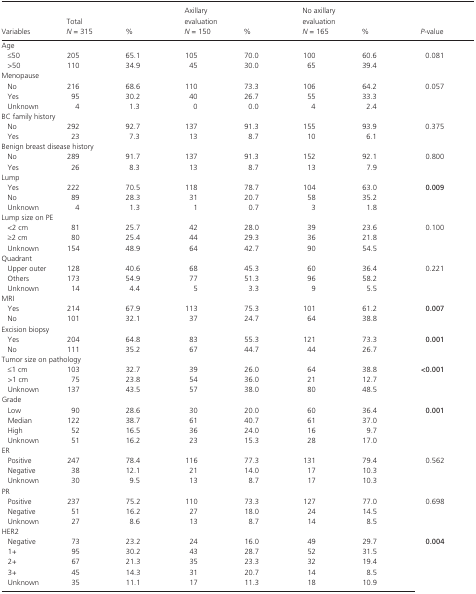
<table><thead><tr><td><b>Variables</b></td><td><b>Total<i>N</i> = 315</b></td><td><b>%</b></td><td><b>Axillary evaluation<i>N</i> = 150</b></td><td><b>%</b></td><td><b>No axillary evaluation<i>N</i> = 165</b></td><td><b>%</b></td><td><b><i>P</i>‐value</b></td></tr></thead><tbody><tr><td colspan="8">Age</td></tr><tr><td>≤50</td><td>205</td><td>65.1</td><td>105</td><td>70.0</td><td>100</td><td>60.6</td><td rowspan="2">0.081</td></tr><tr><td>&gt;50</td><td>110</td><td>34.9</td><td>45</td><td>30.0</td><td>65</td><td>39.4</td></tr><tr><td colspan="8">Menopause</td></tr><tr><td>No</td><td>216</td><td>68.6</td><td>110</td><td>73.3</td><td>106</td><td>64.2</td><td rowspan="3">0.057</td></tr><tr><td>Yes</td><td>95</td><td>30.2</td><td>40</td><td>26.7</td><td>55</td><td>33.3</td></tr><tr><td>Unknown</td><td>4</td><td>1.3</td><td>0</td><td>0.0</td><td>4</td><td>2.4</td></tr><tr><td colspan="8">BC family history</td></tr><tr><td>No</td><td>292</td><td>92.7</td><td>137</td><td>91.3</td><td>155</td><td>93.9</td><td rowspan="2">0.375</td></tr><tr><td>Yes</td><td>23</td><td>7.3</td><td>13</td><td>8.7</td><td>10</td><td>6.1</td></tr><tr><td colspan="8">Benign breast disease history</td></tr><tr><td>No</td><td>289</td><td>91.7</td><td>137</td><td>91.3</td><td>152</td><td>92.1</td><td rowspan="2">0.800</td></tr><tr><td>Yes</td><td>26</td><td>8.3</td><td>13</td><td>8.7</td><td>13</td><td>7.9</td></tr><tr><td colspan="8">Lump</td></tr><tr><td>Yes</td><td>222</td><td>70.5</td><td>118</td><td>78.7</td><td>104</td><td>63.0</td><td rowspan="3"><b>0.009</b></td></tr><tr><td>No</td><td>89</td><td>28.3</td><td>31</td><td>20.7</td><td>58</td><td>35.2</td></tr><tr><td>Unknown</td><td>4</td><td>1.3</td><td>1</td><td>0.7</td><td>3</td><td>1.8</td></tr><tr><td colspan="8">Lump size on PE</td></tr><tr><td>&lt;2 cm</td><td>81</td><td>25.7</td><td>42</td><td>28.0</td><td>39</td><td>23.6</td><td rowspan="3">0.100</td></tr><tr><td>≥2 cm</td><td>80</td><td>25.4</td><td>44</td><td>29.3</td><td>36</td><td>21.8</td></tr><tr><td>Unknown</td><td>154</td><td>48.9</td><td>64</td><td>42.7</td><td>90</td><td>54.5</td></tr><tr><td colspan="8">Quadrant</td></tr><tr><td>Upper outer</td><td>128</td><td>40.6</td><td>68</td><td>45.3</td><td>60</td><td>36.4</td><td rowspan="3">0.221</td></tr><tr><td>Others</td><td>173</td><td>54.9</td><td>77</td><td>51.3</td><td>96</td><td>58.2</td></tr><tr><td>Unknown</td><td>14</td><td>4.4</td><td>5</td><td>3.3</td><td>9</td><td>5.5</td></tr><tr><td colspan="8">MRI</td></tr><tr><td>Yes</td><td>214</td><td>67.9</td><td>113</td><td>75.3</td><td>101</td><td>61.2</td><td rowspan="2"><b>0.007</b></td></tr><tr><td>No</td><td>101</td><td>32.1</td><td>37</td><td>24.7</td><td>64</td><td>38.8</td></tr><tr><td colspan="8">Excision biopsy</td></tr><tr><td>Yes</td><td>204</td><td>64.8</td><td>83</td><td>55.3</td><td>121</td><td>73.3</td><td rowspan="2"><b>0.001</b></td></tr><tr><td>No</td><td>111</td><td>35.2</td><td>67</td><td>44.7</td><td>44</td><td>26.7</td></tr><tr><td colspan="8">Tumor size on pathology</td></tr><tr><td>≤1 cm</td><td>103</td><td>32.7</td><td>39</td><td>26.0</td><td>64</td><td>38.8</td><td rowspan="3"><b>&lt;0.001</b></td></tr><tr><td>&gt;1 cm</td><td>75</td><td>23.8</td><td>54</td><td>36.0</td><td>21</td><td>12.7</td></tr><tr><td>Unknown</td><td>137</td><td>43.5</td><td>57</td><td>38.0</td><td>80</td><td>48.5</td></tr><tr><td colspan="8">Grade</td></tr><tr><td>Low</td><td>90</td><td>28.6</td><td>30</td><td>20.0</td><td>60</td><td>36.4</td><td rowspan="4"><b>0.001</b></td></tr><tr><td>Median</td><td>122</td><td>38.7</td><td>61</td><td>40.7</td><td>61</td><td>37.0</td></tr><tr><td>High</td><td>52</td><td>16.5</td><td>36</td><td>24.0</td><td>16</td><td>9.7</td></tr><tr><td>Unknown</td><td>51</td><td>16.2</td><td>23</td><td>15.3</td><td>28</td><td>17.0</td></tr><tr><td colspan="8">ER</td></tr><tr><td>Positive</td><td>247</td><td>78.4</td><td>116</td><td>77.3</td><td>131</td><td>79.4</td><td rowspan="3">0.562</td></tr><tr><td>Negative</td><td>38</td><td>12.1</td><td>21</td><td>14.0</td><td>17</td><td>10.3</td></tr><tr><td>Unknown</td><td>30</td><td>9.5</td><td>13</td><td>8.7</td><td>17</td><td>10.3</td></tr><tr><td colspan="8">PR</td></tr><tr><td>Positive</td><td>237</td><td>75.2</td><td>110</td><td>73.3</td><td>127</td><td>77.0</td><td rowspan="3">0.698</td></tr><tr><td>Negative</td><td>51</td><td>16.2</td><td>27</td><td>18.0</td><td>24</td><td>14.5</td></tr><tr><td>Unknown</td><td>27</td><td>8.6</td><td>13</td><td>8.7</td><td>14</td><td>8.5</td></tr><tr><td colspan="8">HER2</td></tr><tr><td>Negative</td><td>73</td><td>23.2</td><td>24</td><td>16.0</td><td>49</td><td>29.7</td><td rowspan="5"><b>0.004</b></td></tr><tr><td>1+</td><td>95</td><td>30.2</td><td>43</td><td>28.7</td><td>52</td><td>31.5</td></tr><tr><td>2+</td><td>67</td><td>21.3</td><td>35</td><td>23.3</td><td>32</td><td>19.4</td></tr><tr><td>3+</td><td>45</td><td>14.3</td><td>31</td><td>20.7</td><td>14</td><td>8.5</td></tr><tr><td>Unknown</td><td>35</td><td>11.1</td><td>17</td><td>11.3</td><td>18</td><td>10.9</td></tr></tbody></table>